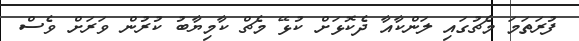
ފުރަތަމަ މެޗުގައި ލަންކާއާ ދެކޮޅަށް ކުޅޭ މެޗް ކާމިޔާބު ކުރުން ވަރަށް ވެސް